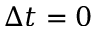
\Delta t = 0